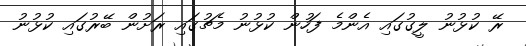
ރޭ ކުޅުނު ލީގުގައި އެންމެ ފަހުން ކުޅުނު މެޗުގައި ރަށުން ބޭރުގައި ކުޅުނު